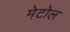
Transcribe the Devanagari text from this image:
मेटोल